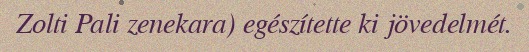
Zolti Pali zenekara) egészítette ki jövedelmét.